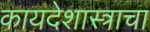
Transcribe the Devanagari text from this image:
कायदेशास्त्राचा